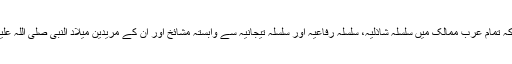
ٍ مصر میں رہتے ہوئے مجھے معلوم ہوا کہ تمام عرب ممالک میں سلسلہ شاذلیہ، سلسلہ رفاعیہ اور سلسلہ تیجانیہ سے وابستہ مشائخ اور ان کے مریدین میلاد النبی صلی اللہ علیہ وآلہ وسلم کا خصوصی اہتمام کرتے ہیں۔